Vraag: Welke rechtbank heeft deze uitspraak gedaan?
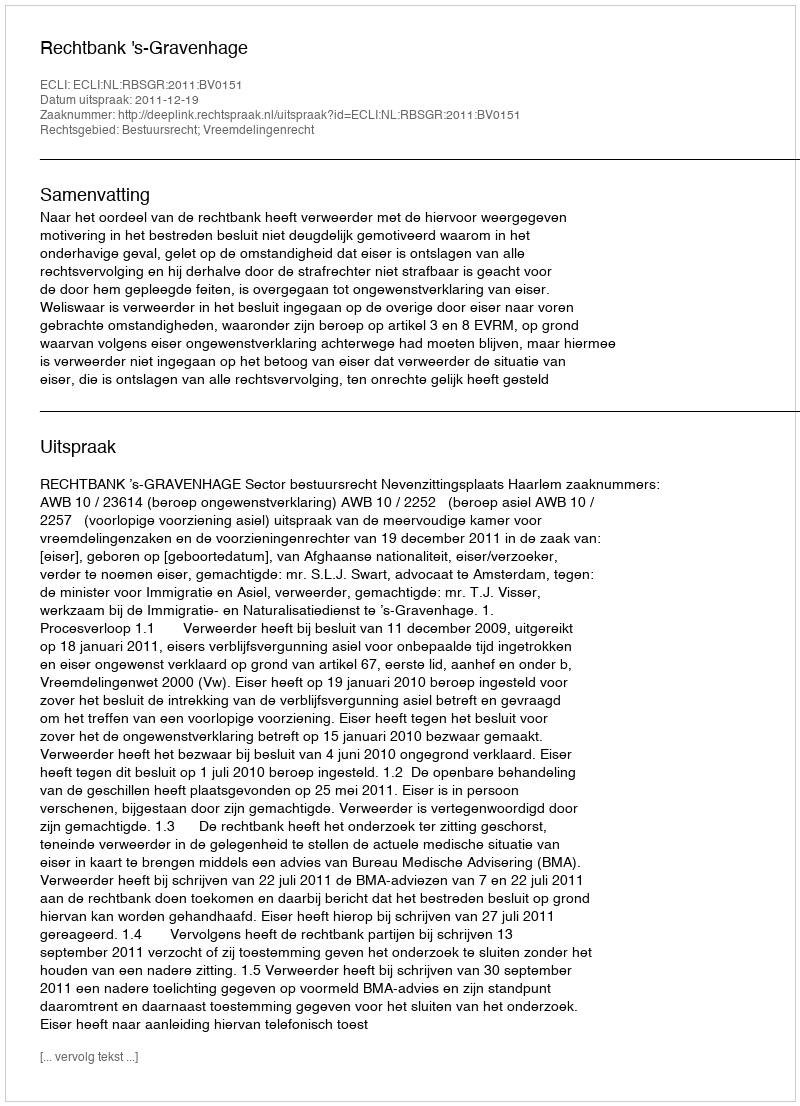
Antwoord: Rechtbank 's-Gravenhage